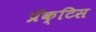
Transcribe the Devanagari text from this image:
प्रॅक्‍टिस